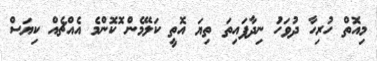
މިއޮތް ހުރިހާ ދުވަހަު ނިދާފައިތަ ތިޔަ އޮތީ ކަލޭމެން ޮކޮންމެ އެއްޗެއް ކިޔަސް